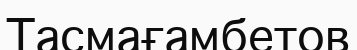
Тасмағамбетов